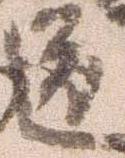
道